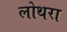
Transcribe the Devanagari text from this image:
लोथरा